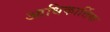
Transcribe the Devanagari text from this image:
आधिकार्तिक